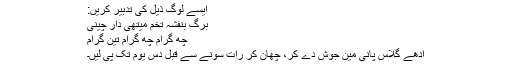
ایسے لوگ ذیل کی تدبیر کریں:
برگ بنفشہ تخم میتھی دار چینی
چھ گرام چھ گرام تین گرام
آدھے گلاس پانی مین جوش دے کر، چھان کر رات سونے سے قبل دس یوم تک پی لیں۔